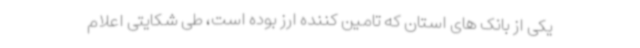
یکی از بانک های استان که تامین کننده ارز بوده است، طی شکایتی اعلام